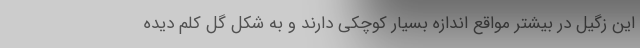
این زگیل در بیشتر مواقع اندازه بسیار کوچکی دارند و به شکل گل کلم دیده